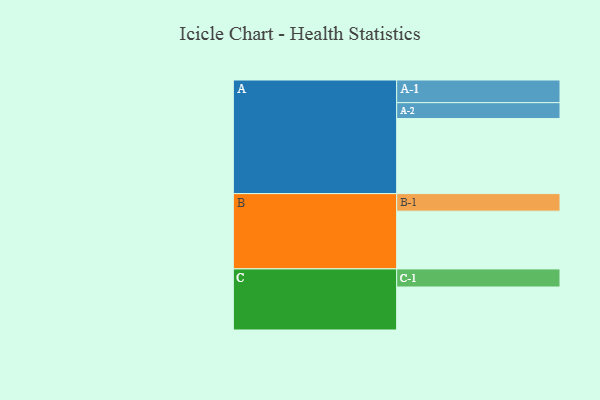
{"axis": {"x": "Segment", "y": "Value"}, "legend": ["", "A", "B", "C"], "data": [{"x": "A", "y": 543, "type": ""}, {"x": "B", "y": 418, "type": ""}, {"x": "C", "y": 311, "type": ""}, {"x": "A-1", "y": 164, "type": "A"}, {"x": "A-2", "y": 115, "type": "A"}, {"x": "B-1", "y": 127, "type": "B"}, {"x": "C-1", "y": 131, "type": "C"}]}